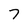
Character: 7